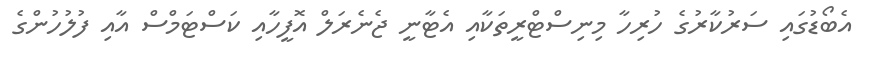
އެބޯޑުގައި ސަރުކާރުގެ ހުރިހާ މިނިސްޓްރީތަކާއި އެޓާނީ ޖެނެރަލް އޮފީހާއި ކަސްޓަމްސް އާއި ފުލުހުންގެ